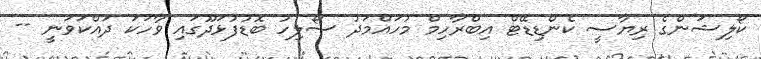
ކޯލިޝަންގެ ރިޔާސީ ކެންޑިޑޭޓް އިބްރާހިމް މުހައްމަދު ސޯލިހު ބޮޑުފުޅަދޫގައި ވާހަކަ ދައްކަވަނީ --